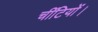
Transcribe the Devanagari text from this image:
चींटियों।